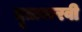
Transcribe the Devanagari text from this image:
दूताकरवी